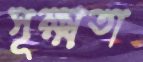
সূক্ষ্মতা